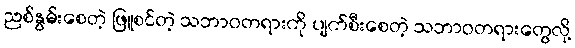
ညစ်နွမ်းစေတဲ့ ဖြူစင်တဲ့ သဘာဝတရားကို ပျက်စီးစေတဲ့ သဘာဝတရားတွေလို့